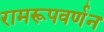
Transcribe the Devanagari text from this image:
रामरूपवर्णन